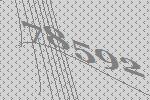
78592